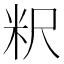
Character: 粎